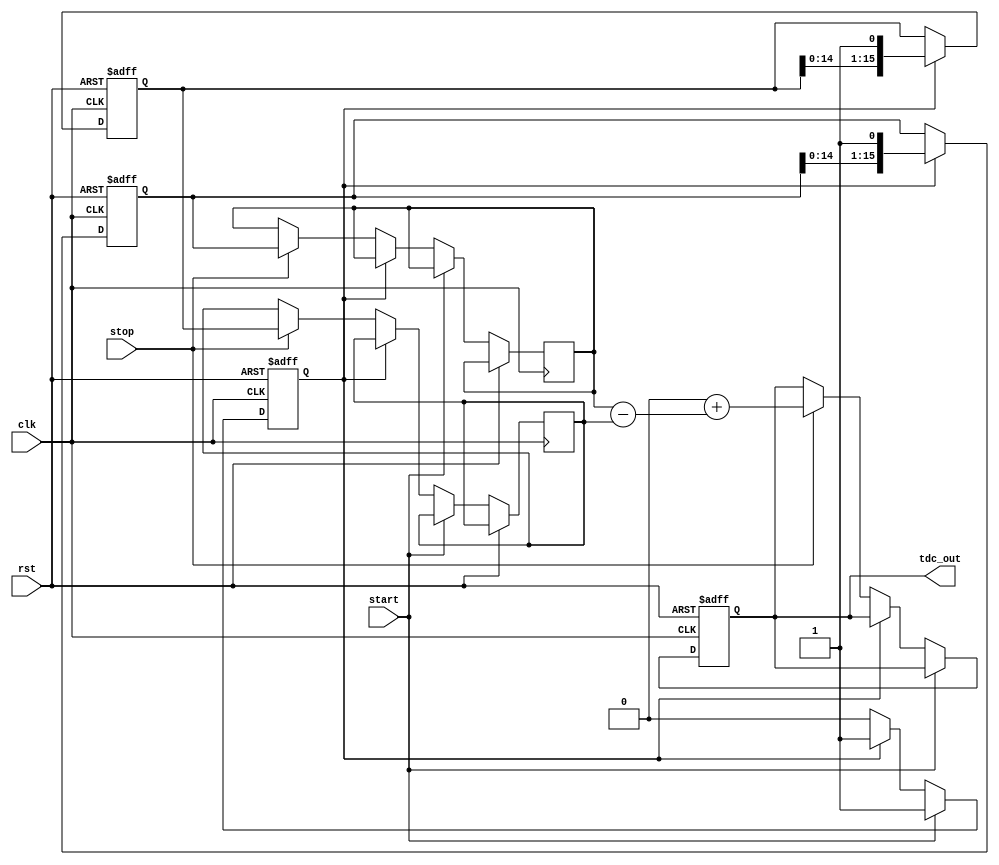
module TDC_Vernier_Delay_Line (
    input wire clk,          // System clock
    input wire rst,          // Reset signal
    input wire start,        // Start signal
    input wire stop,         // Stop signal
    output reg [15:0] tdc_out // Output Time-to-Digital Converter result
);

    // Parameters for delay lines
    parameter NUM_STAGES_A = 16; // Number of stages in Delay Line A
    parameter NUM_STAGES_B = 16; // Number of stages in Delay Line B
    parameter DELAY_A = 1;        // Delay per stage in Delay Line A
    parameter DELAY_B = 1;        // Delay per stage in Delay Line B
    parameter CLK_FREQ = 100;     // Clock frequency (in MHz)

    // Internal signals
    reg [NUM_STAGES_A-1:0] delay_line_a; // Delay Line A
    reg [NUM_STAGES_B-1:0] delay_line_b; // Delay Line B
    reg [15:0] counter;                  // Timing counter
    reg measuring;                       // Measuring flag
    reg [15:0] result_a;                // Result from Delay Line A
    reg [15:0] result_b;                // Result from Delay Line B

    // Delay Line Generation
    always @(posedge clk or posedge rst) begin
        if (rst) begin
            delay_line_a <= 0;
            delay_line_b <= 0;
        end else if (measuring) begin
            delay_line_a <= {delay_line_a[NUM_STAGES_A-2:0], 1'b1};
            delay_line_b <= {delay_line_b[NUM_STAGES_B-2:0], 1'b1};
        end
    end

    // Counter Logic
    always @(posedge clk or posedge rst) begin
        if (rst) begin
            counter <= 0;
            measuring <= 0;
            tdc_out <= 0;
        end else if (start) begin
            measuring <= 1;
            counter <= 0;
        end else if (measuring) begin
            counter <= counter + 1;
        end else if (stop) begin
            measuring <= 0;
            // Capture the results from the delay lines
            result_a <= delay_line_a;
            result_b <= delay_line_b;
            // Combine results to generate final TDC output
            tdc_out <= (counter << NUM_STAGES_A) + (result_a - result_b);
        end
    end

endmodule